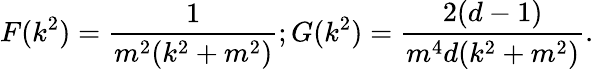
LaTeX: F(k^{2})=\frac{1}{m^{2}(k^{2}+m^{2})};G(k^{2})=\frac{2(d-1)}{m^{4}d(k^{2}+m^{2})}.